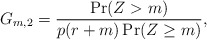
\begin{align*} G_{m,2} = \frac{\Pr(Z > m)}{p(r+m)\Pr(Z \geq m)},\end{align*}